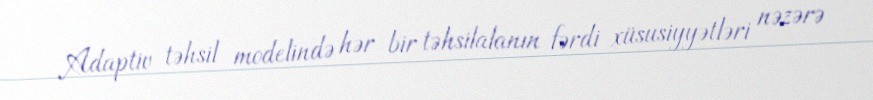
Adaptiv təhsil modelində hər bir təhsilalanın fərdi xüsusiyyətləri nəzərə